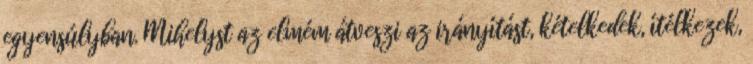
egyensúlyban. Mihelyst az elmém átveszi az irányítást, kételkedek, ítélkezek,